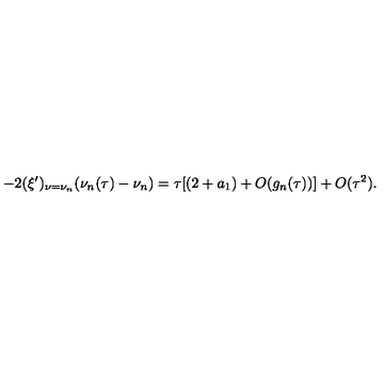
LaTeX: - 2 ( \xi ^ { \prime } ) _ { \nu = \nu _ { n } } ( \nu _ { n } ( \tau ) - \nu _ { n } ) = \tau [ ( 2 + a _ { 1 } ) + O ( g _ { n } ( \tau ) ) ] + O ( \tau ^ { 2 } ) .